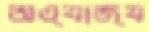
অত্যাজ্য